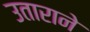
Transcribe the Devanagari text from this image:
उताराने